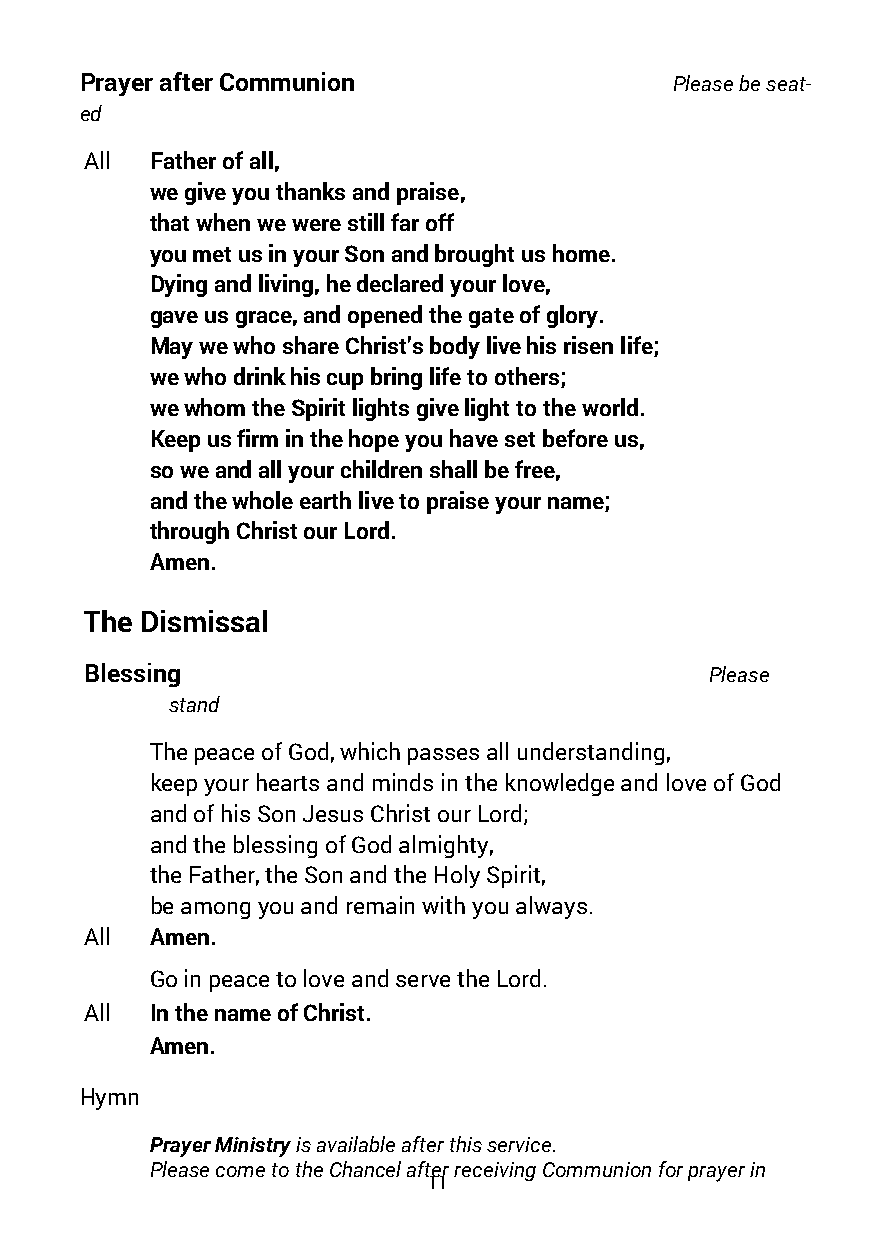
Prayer after Communion                  Please be seat-
 ed
 All Father of all,
 we give you thanks and praise,
 that when we were still far off
 you met us in your Son and brought us home.
 Dying and living, he declared your love,
 gave us grace, and opened the gate of glory.
 May we who share Christ’s body live his risen life;
 we who drink his cup bring life to others;
 we whom the Spirit lights give light to the world.
 Keep us firm in the hope you have set before us,
 so we and all your children shall be free,
 and the whole earth live to praise your name;
 through Christ our Lord.
 Amen.
 The Dismissal
 Blessing                                 Please
 stand
 The peace of God, which passes all understanding,
 keep your hearts and minds in the knowledge and love of God
 and of his Son Jesus Christ our Lord;
 and the blessing of God almighty,
 the Father, the Son and the Holy Spirit,
 be among you and remain with you always.
 All Amen.
 Go in peace to love and serve the Lord.
 All In the name of Christ.
 Amen.
 Hymn
 Prayer Ministry is available after this service.
 Please come to the Chancel after receiving Communion for prayer in
 11